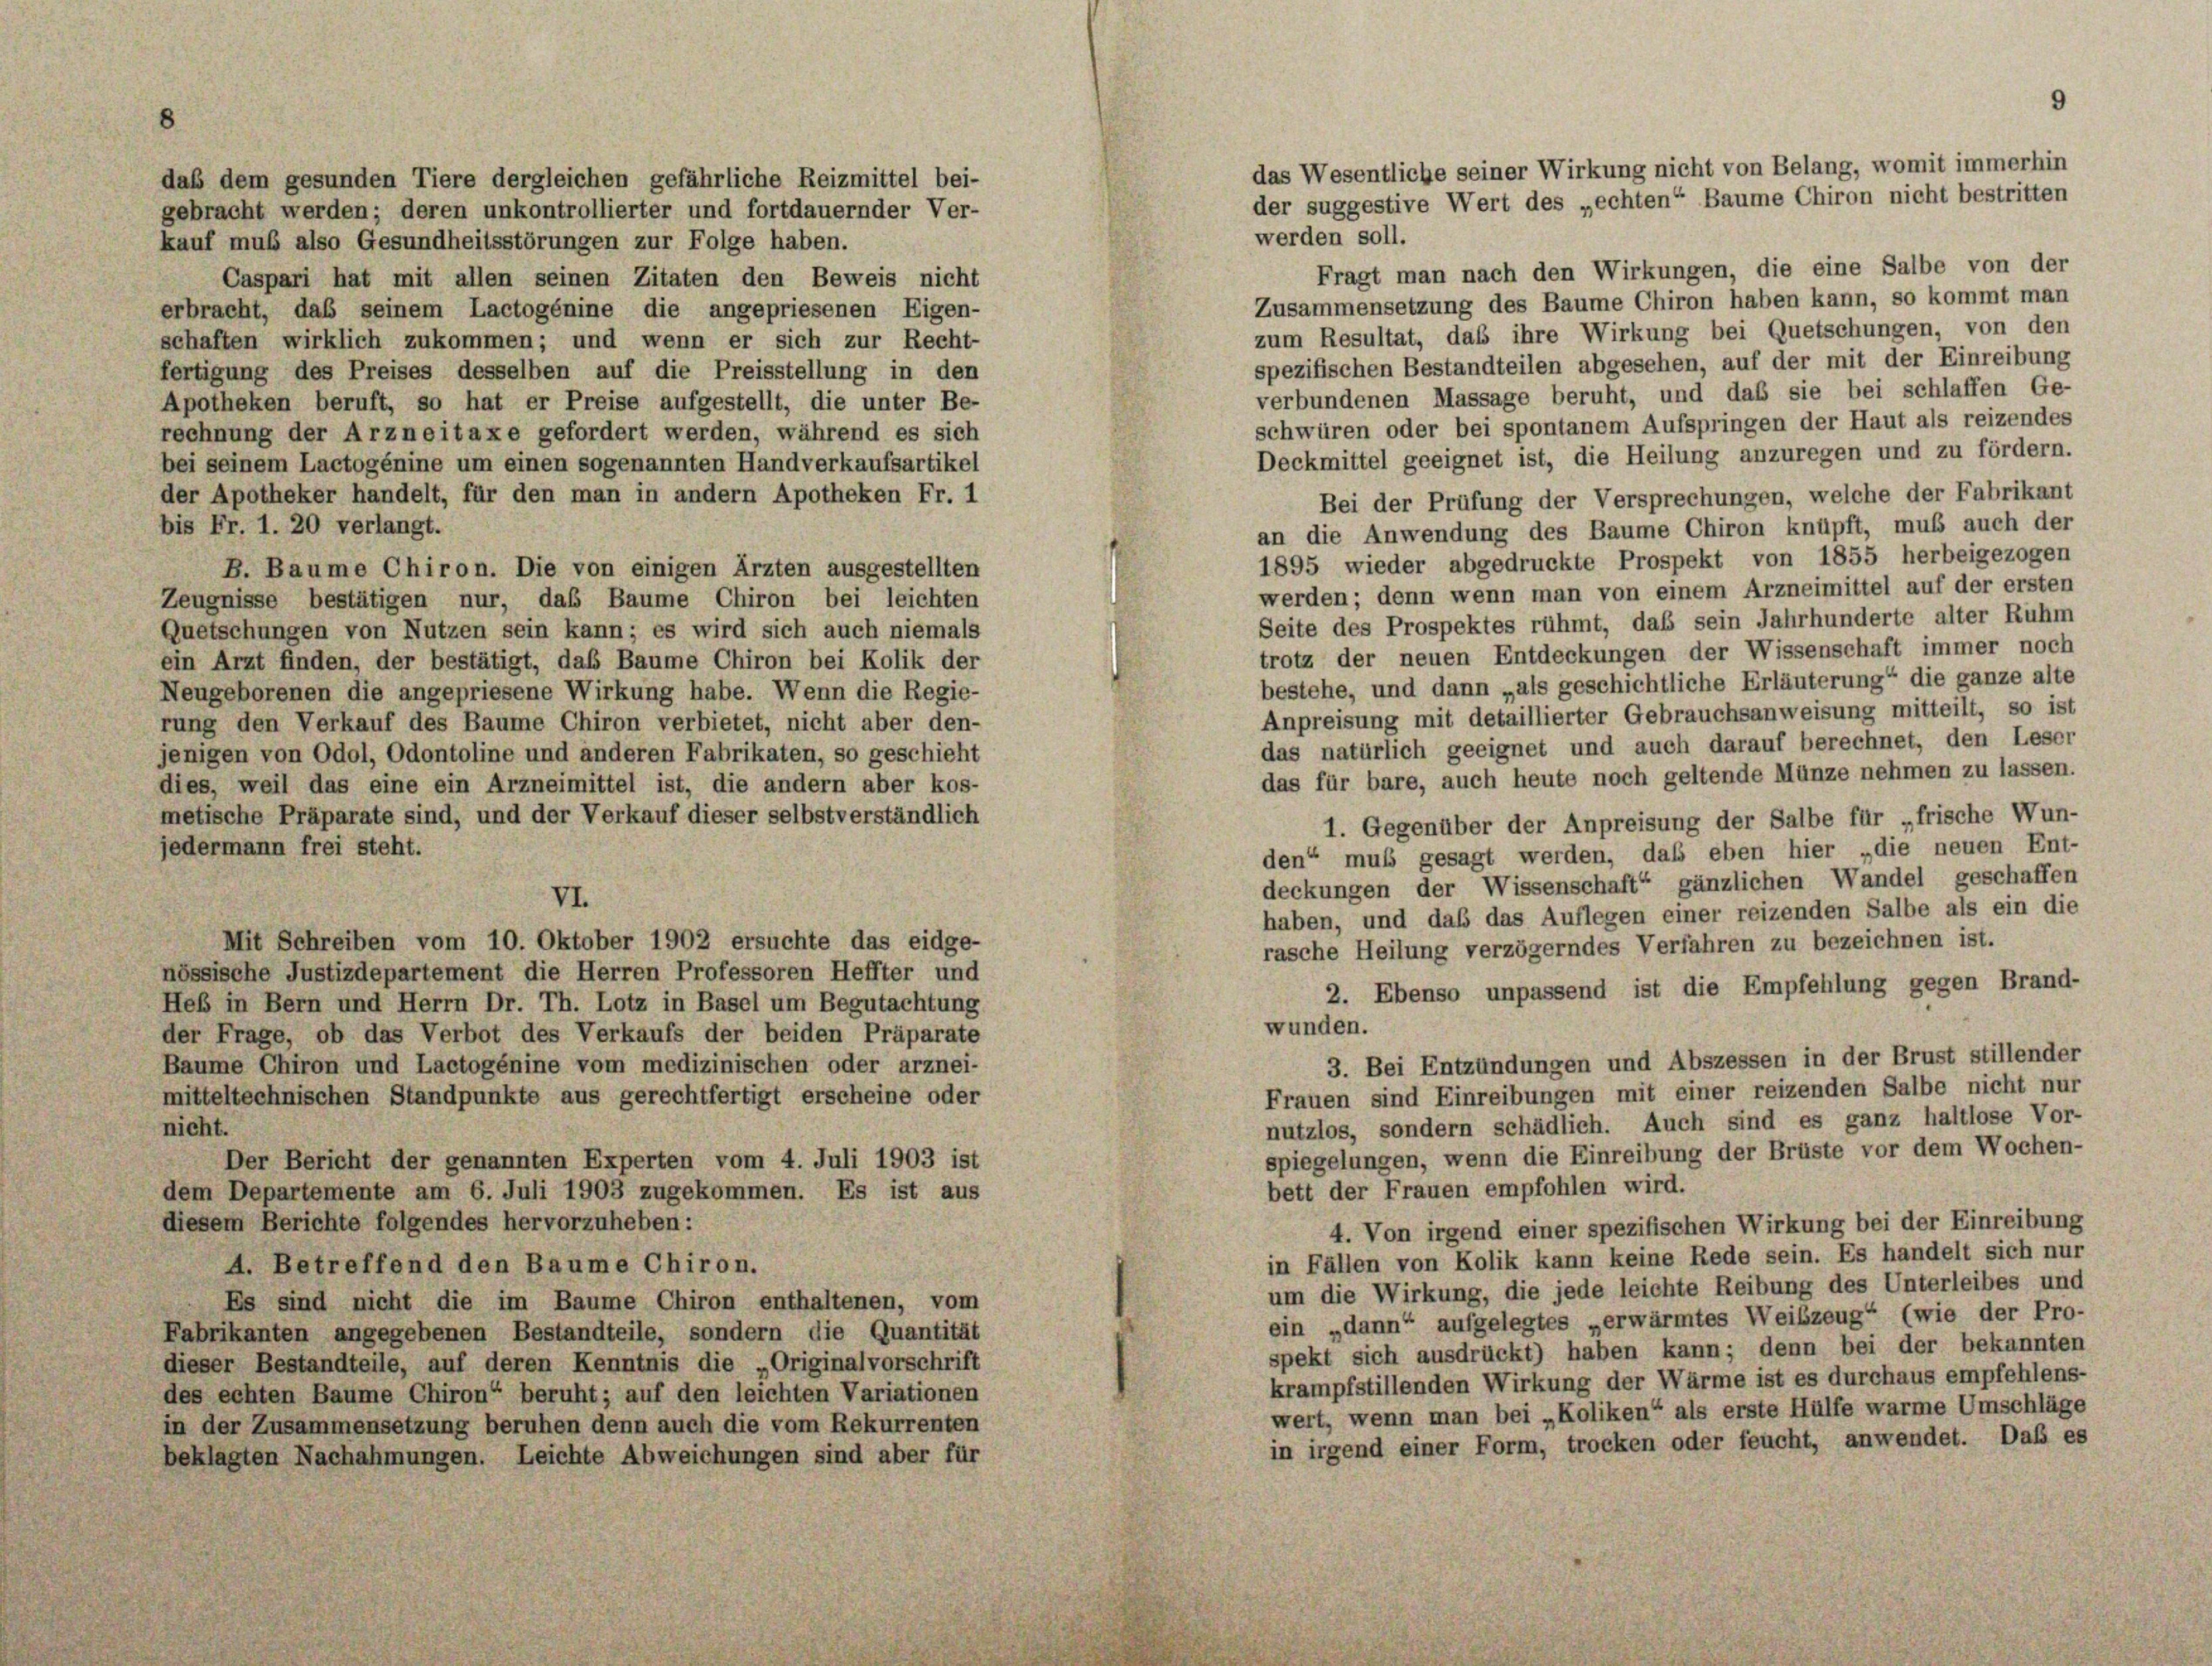
daß dem gesunden Tiere dergleichen gefährliche Reizmittel bei-
gebracht werden; deren unkontrollierter und fortdauernder Ver-
werden soll.
kauf muß also Gesundheitsstörungen zur Folge haben.
Fragt man nach den Wirkungen, die eine Salbe von der
Caspari hat mit allen seinen Zitaten den Beweis nicht
Zusammensetzung des Baume Chiron haben kann, so kommt man
erbracht, daß seinem Lactogénine die angepriesenen Eigen-
zum Resultat, daß ihre Wirkung bei Quetschungen, von den
schaften wirklich zukommen; und wenn er sich zur Recht-
spezifischen Bestandteilen abgesehen, auf der mit der Einreibung
fertigung des Preises desselben auf die Preisstellung in den
verbundenen Massage beruht, und daß sie bei schlaffen Ge-
Apotheken beruft, so hat er Preise aufgestellt, die unter Be-
schwüren oder bei spontanem Aufspringen der Haut als reizendes
rechnung der Arzneitaxe gefordert werden, während es sich
Deckmittel geeignet ist, die Heilung anzuregen und zu fördern.
bei seinem Lactogénine um einen sogenannten Handverkaufsartikel
der Apotheker handelt, für den man in andern Apotheken Fr. 1
Bei der Prüfung der Versprechungen, welche der Fabrikant
bis Fr. 1. 20 verlangt.
an die Anwendung des Baume Chiron knüpft, muß auch der
1895 wieder abgedruckte Prospekt von 1855 herbeigezogen
B. Baume Chiron. Die von einigen Ärzten ausgestellten
werden; denn wenn man von einem Arzneimittel auf der ersten
Zeugnisse bestätigen nur, daß Baume Chiron bei leichten
Seite des Prospektes rühmt, daß sein Jahrhunderte alter Ruhm
Quetschungen von Nutzen sein kann; es wird sich auch niemals
trotz der neuen Entdeckungen der Wissenschaft immer noch
ein Arzt finden, der bestätigt, das Baume Chiron bei Kolik der
bestehe, und dann „als geschichtliche Erläuterung“ die ganze alte
Neugeborenen die angepriesene Wirkung habe. Wenn die Regie-
Anpreisung mit detaillierter Gebrauchsanweisung mitteilt, so ist
rung den Verkauf des Baume Chiron verbietet, nicht aber den-
das natürlich geeignet und auch darauf berechnet, den Leser
jenigen von Odol, Odontoline und anderen Fabrikaten, so geschieht
das für bare, auch heute noch geltende Münze nehmen zu lassen.
dies, weil das eine ein Arzneimittel ist, die andern aber kos-
metische Präparate sind, und der Verkauf dieser selbstverständlich
1. Gegenüber der Anpreisung der Salbe für „frische Wun-
jedermann frei steht.
den“ muss gesagt werden, daß eben hier „die neuen Ent-
deckungen der Wissenschaft“ gänzlichen Wandel geschaffen
VI.
haben, und daß das Auflegen einer reizenden Salbe als ein die
Mit Schreiben vom 10. Oktober 1902 ersuchte das eidge-
rasche Heilung verzögerndes Verfahren zu bezeichnen ist.
nössische Justizdepartement die Herren Professoren Heffter und
2. Ebenso unpassend ist die Empfehlung gegen Brand-
Heb in Bern und Herrn Dr. Th. Lotz in Basel um Begutachtung
wunden.
der Frage, ob das Verbot des Verkaufs der beiden Präparate
3. Bei Entzündungen und Abszessen in der Brust stillender
Baume Chiron und Lactogénine vom medizinischen oder arznei-
Frauen sind Einreibungen mit einer reizenden Salbe nicht nur
mitteltechnischen Standpunkte aus gerechtfertigt erscheine oder
nutzlos, sondern schädlich. Auch sind es ganz haltlose Vor-
nicht.
spiegelungen, wenn die Einreibung der Brüste vor dem Wochen-
Der Bericht der genannten Experten vom 4. Juli 1903 ist
bett der Frauen empfohlen wird.
dem Departemente am 6. Juli 1903 zugekommen. Es ist aus
diesem Berichte folgendes hervorzuheben:
4. Von irgend einer spezifischen Wirkung bei der Einreibung
in Fällen von Kolik kann keine Rede sein. Es handelt sich nur
A. Betreffend den Baume Chiron.
um die Wirkung, die jede leichte Reibung des Unterleibes und
Es sind nicht die im Baume Chiron enthaltenen, vom
ein „dann“ aufgelegtes „erwärmtes Weibzeug“ (wie der Pro-
Fabrikanten angegebenen Bestandteile, sondern die Quantität
spekt sich ausdrückt) haben kann; denn bei der bekannten
dieser Bestandteile, auf deren Kenntnis die „Originalvorschrift
krampfstillenden Wirkung der Wärme ist es durchaus empfehlens-
des echten Baume Chiron“ beruht; auf den leichten Variationen
wert, wenn man bei „Koliken“ als erste Hülfe warme Umschläge
in der Zusammensetzung beruhen denn auch die vom Rekurrenten
in irgend einer Form, trocken oder feucht, anwendet. Das es
beklagten Nachahmungen. Leichte Abweichungen sind aber für

das Wesentliche seiner Wirkung nicht von Belang, womit immerhin
der suggestive Wert des „echten“ Baume Chiron nicht bestritten